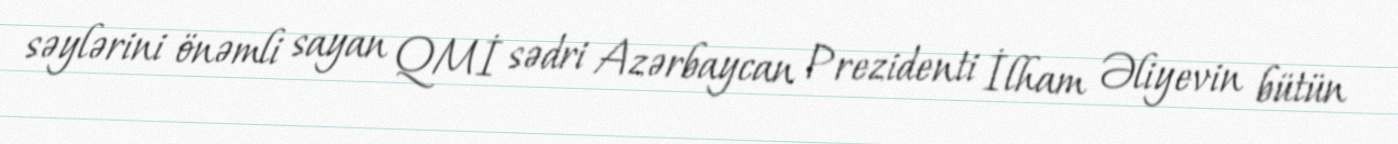
səylərini önəmli sayan QMİ sədri Azərbaycan Prezidenti İlham Əliyevin bütün